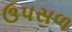
ઉપસળ